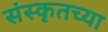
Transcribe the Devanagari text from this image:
संस्‍कृतच्या